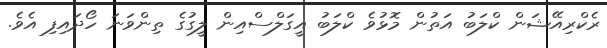
ރެކްރިއޭޝަން ކްލަބު އަތުން މޮޅުވެ ކްލަބު އީގަލްސްއިން ލީގުގެ ތިންވަނަ ހޯދައިފި އެވެ.